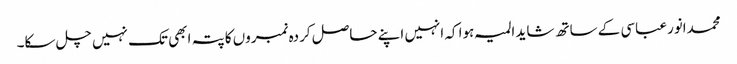
محمدانورعباسی کے ساتھ شاید المیہ ہوا کہ انہیں اپنے حاصل کردہ نمبروں کا پتہ ابھی تک نہیں چل سکا۔